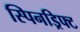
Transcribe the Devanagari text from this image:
स्पिनड्रिफ्ट